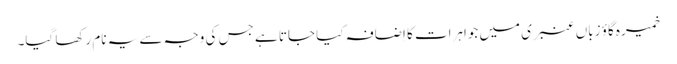
خمیرہ گاؤ زباں عنبری میں جواہرات کا اِضافہ کیا جاتا ہے جس کی وجہ سے یہ نام رکھا گیا۔